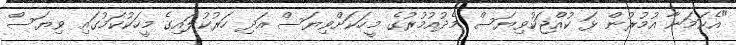
"އެކަމަނާ އުމުރުން ޅަ ކުއްޖަކުވިޔަސް މެދުއުމުރުގެ މީހަކަށްވިޔަސް އަދި ހަރުކުލައިގެ މީހަކުކަމުގައި ވިޔަސް